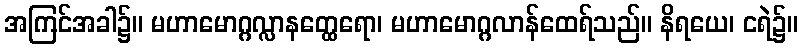
အကြင်အခါ၌။ မဟာမောဂ္ဂလ္လာနတ္ထေရော၊ မဟာမောဂ္ဂလာန်ထေရ်သည်။ နိရယေ၊ ငရဲ၌။